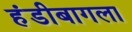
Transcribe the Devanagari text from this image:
हंडीबागला